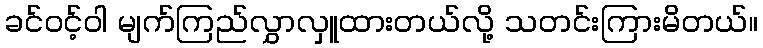
ခင်ဝင့်ဝါ မျက်ကြည်လွှာလှူထားတယ်လို့ သတင်းကြားမိတယ်။